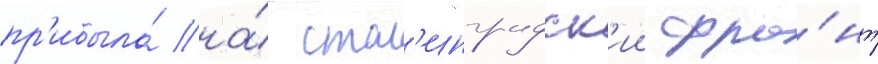
пр'ибыла́ на́ стал'инградск'ии фро́нт